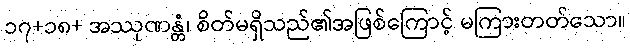
၁၇+၁၈+ အဿုဏန္တံ၊ စိတ်မရှိသည်၏အဖြစ်ကြောင့် မကြားတတ်သော။